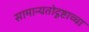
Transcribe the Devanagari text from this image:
सामान्यतोदृष्टाच्चा